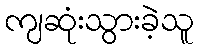
ကျဆုံးသွားခဲ့သူ